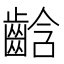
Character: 𪘒